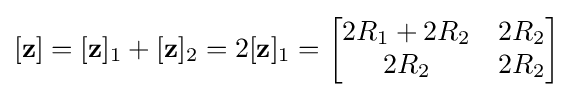
[\mathbf {z} ]=[\mathbf {z} ]_{1}+[\mathbf {z} ]_{2}=2[\mathbf {z} ]_{1}={\begin{bmatrix}2R_{1}+2R_{2}&2R_{2}\\2R_{2}&2R_{2}\end{bmatrix}}